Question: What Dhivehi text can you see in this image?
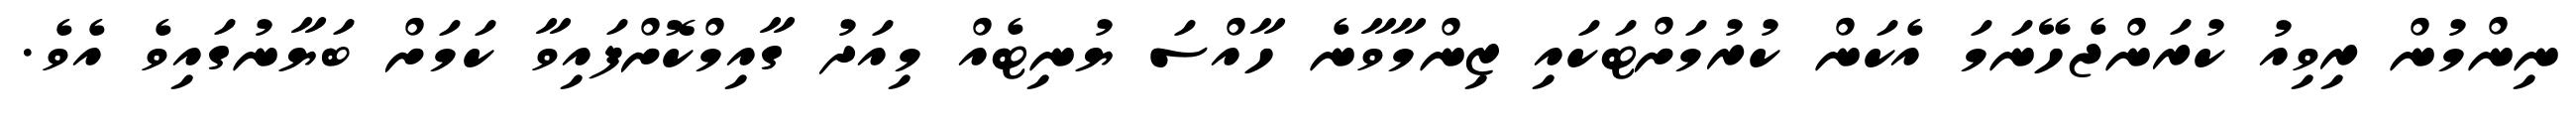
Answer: ނިންމުން ރިވިއު ކުރަންޖެހޭނަމަ އެކަން ކުރުމަށްޓަކައި ޒިންމާވާނެ ހާއްސަ ޔުނިޓެއް މިއަދު ގާއިމްކޮށްފައިވާ ކަމަށް ބަޔާނުގައިވެ އެވެ.